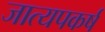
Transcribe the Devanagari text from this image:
जात्यपकर्ष